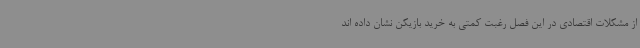
از مشکلات اقتصادی در این فصل رغبت کمتی به خرید بازیکن نشان داده اند